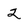
Character: 2